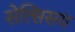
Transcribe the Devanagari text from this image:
सेल्सिसय